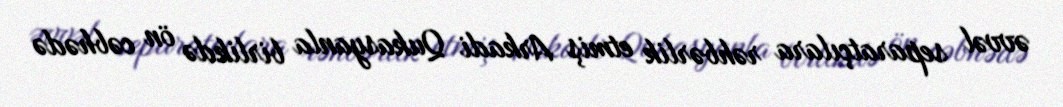
əvvəl separatçılara rəhbərlik etmiş Arkadi Qukasyanla birlikdə ön cəbhədə